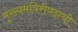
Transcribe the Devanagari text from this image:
मुख्यमंत्रिरीपदाची